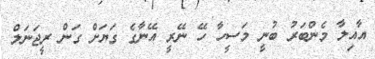
އާއިލާ މެންބަރު ބުނީ މަސީހާ ހޭ ނޭރީ އޭނާގެ ގަޔަށް ގަން ރީޖަނަލް